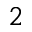
^ 2